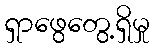
ရှာဖွေတွေ့ရှိမှု